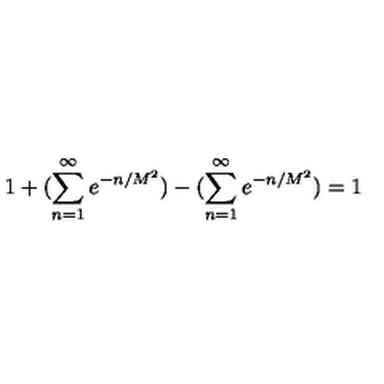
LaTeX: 1 + ( \sum _ { n = 1 } ^ { \infty } e ^ { - n / M ^ { 2 } } ) - ( \sum _ { n = 1 } ^ { \infty } e ^ { - n / M ^ { 2 } } ) = 1